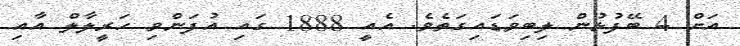
އަށް 4 ބޭފުޅުން ލިބިވަޑައިގަތެވެ. އެއީ 1888 ގައި އުފަންވި ހަރީލާލް އާއި